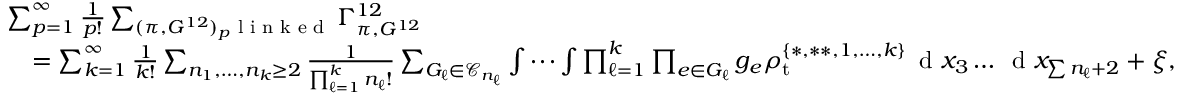
\begin{array} { r l } & { \sum _ { p = 1 } ^ { \infty } \frac { 1 } { p ! } \sum _ { ( \pi , G ^ { 1 2 } ) _ { p } \textnormal { l i n k e d } } \Gamma _ { \pi , G ^ { 1 2 } } ^ { 1 2 } } \\ & { \quad = \sum _ { k = 1 } ^ { \infty } \frac { 1 } { k ! } \sum _ { n _ { 1 } , \ldots , n _ { k } \geq 2 } \frac { 1 } { \prod _ { \ell = 1 } ^ { k } n _ { \ell } ! } \sum _ { G _ { \ell } \in \mathcal { C } _ { n _ { \ell } } } \idotsint \prod _ { \ell = 1 } ^ { k } \prod _ { e \in G _ { \ell } } g _ { e } \rho _ { \mathrm { t } } ^ { \{ * , * * , 1 , \ldots , k \} } \, \textnormal { d } x _ { 3 } \ldots \, \textnormal { d } x _ { \sum n _ { \ell } + 2 } + \xi , } \end{array}